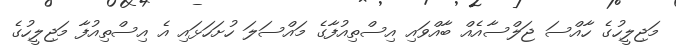
މަޖިލީހުގެ ހާއްސަ ޖަލްސާއެއް ބާއްވައި އިސްތިއުފާގެ މައްސަލަ ހުށަހަޅައި އެ އިސްތިއުފާ މަޖިލީހުގެ